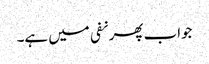
جواب پھر نفی میں ہے۔